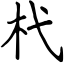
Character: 杙